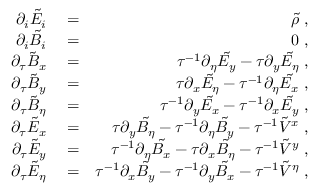
\begin{array} { r l r } { \partial _ { i } \tilde { E _ { i } } } & { { } = } & { \tilde { \rho } \; , } \\ { { } \partial _ { i } \tilde { B _ { i } } } & { { } = } & { 0 \; , } \\ { { } \partial _ { \tau } \tilde { B } _ { x } } & { { } = } & { \tau ^ { - 1 } \partial _ { \eta } \tilde { E _ { y } } - \tau \partial _ { y } \tilde { E _ { \eta } } \; , } \\ { { } \partial _ { \tau } \tilde { B } _ { y } } & { { } = } & { \tau \partial _ { x } \tilde { E _ { \eta } } - \tau ^ { - 1 } \partial _ { \eta } \tilde { E _ { x } } \; , } \\ { { } \partial _ { \tau } \tilde { B } _ { \eta } } & { { } = } & { \tau ^ { - 1 } \partial _ { y } \tilde { E _ { x } } - \tau ^ { - 1 } \partial _ { x } \tilde { E _ { y } } \; , } \\ { { } \partial _ { \tau } \tilde { E } _ { x } } & { { } = } & { \tau \partial _ { y } \tilde { B _ { \eta } } - \tau ^ { - 1 } \partial _ { \eta } \tilde { B _ { y } } - \tau ^ { - 1 } \tilde { V } ^ { x } \; , } \\ { { } \partial _ { \tau } \tilde { E } _ { y } } & { { } = } & { \tau ^ { - 1 } \partial _ { \eta } \tilde { B _ { x } } - \tau \partial _ { x } \tilde { B _ { \eta } } - \tau ^ { - 1 } \tilde { V } ^ { y } \; , } \\ { { } \partial _ { \tau } \tilde { E } _ { \eta } } & { { } = } & { \tau ^ { - 1 } \partial _ { x } \tilde { B _ { y } } - \tau ^ { - 1 } \partial _ { y } \tilde { B _ { x } } - \tau ^ { - 1 } \tilde { V } ^ { \eta } \; , } \end{array}